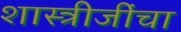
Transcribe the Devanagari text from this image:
शास्त्रीजींचा